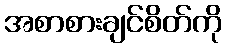
အစာစားချင်စိတ်ကို